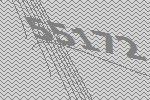
55172